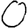
Digit: 0